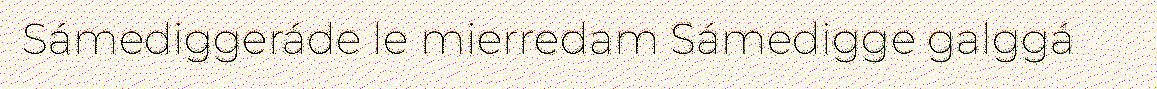
Sámediggeráde le mierredam Sámedigge galggá